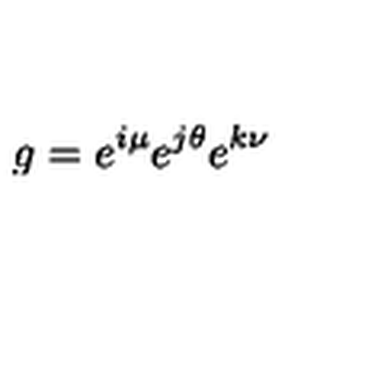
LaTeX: g = e ^ { i \mu } e ^ { j \theta } e ^ { k \nu }